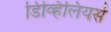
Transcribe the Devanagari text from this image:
डिव्हिलियर्स